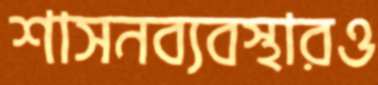
শাসনব্যবস্থারও